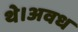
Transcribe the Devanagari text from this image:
थे।अवध